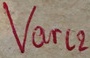
Text: Varl2